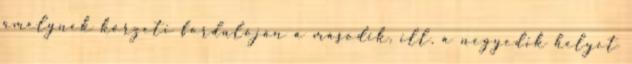
amelynek körzeti fordulóján a második, ill. a negyedik helyet